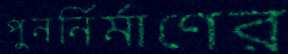
পুনর্নির্মাণের